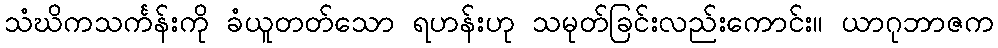
သံဃိကသင်္ကန်းကို ခံယူတတ်သော ရဟန်းဟု သမုတ်ခြင်းလည်းကောင်း။ ယာဂုဘာဇက